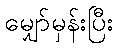
မျှော်မှန်းပြီး